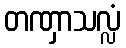
တဏှာသလ္လံ